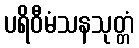
ပရိဝီမံသနသုတ္တံ